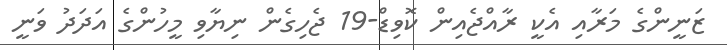
ޒަނީންގެ މަރާއި އެކީ ރާއްޖެއިން ކޮވިޑް-19 ޖެހިގެން ނިޔާވި މީހުންގެ އަދަދު ވަނީ